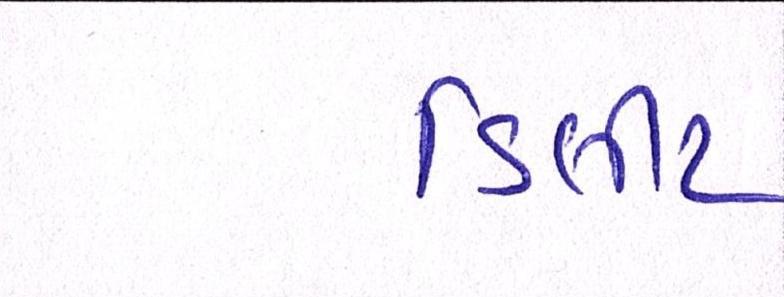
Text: ડિલીટ